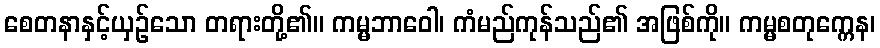
စေတနာနှင့်ယှဉ်သော တရားတို့၏။ ကမ္မဘာဝေါ၊ ကံမည်ကုန်သည်၏ အဖြစ်ကို။ ကမ္မစတုက္ကေန၊